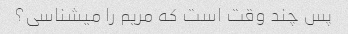
پس چند وقت است که مریم را میشناسی؟